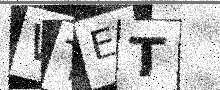
Text: WTET